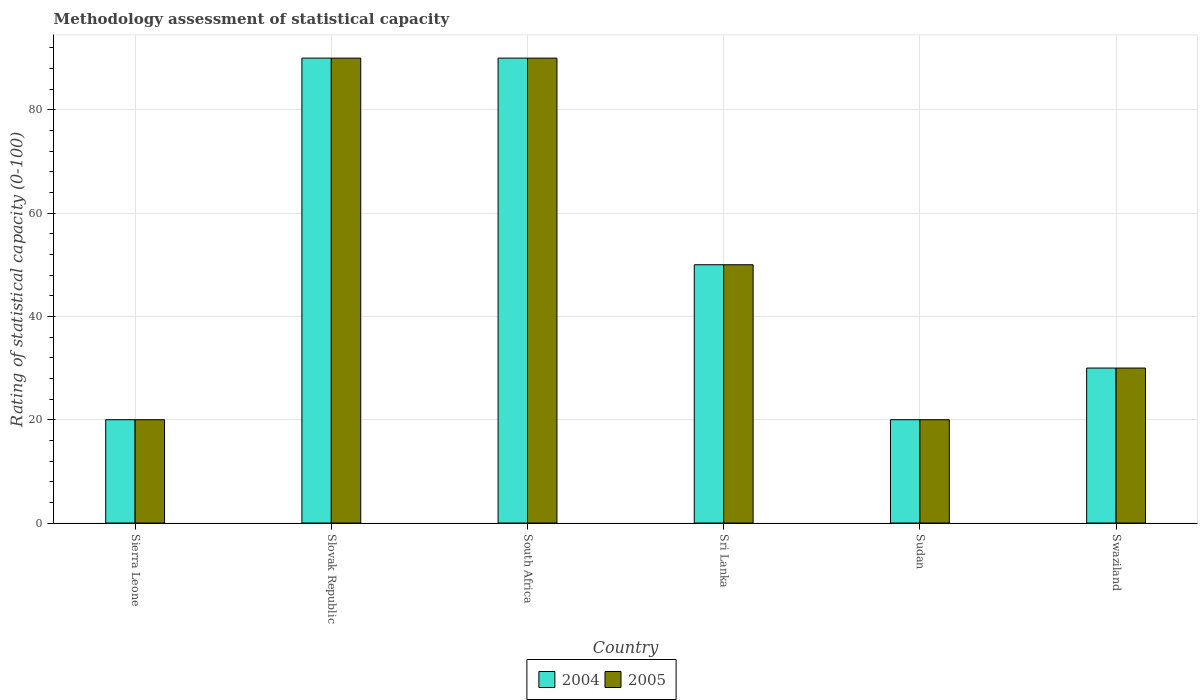
| Country | 2004 | 2005 |
 | --- | --- | --- |
 | Sierra Leone | 20 | 20 |
 | Slovak Republic | 90 | 90 |
 | South Africa | 90 | 90 |
 | Sri Lanka | 50 | 50 |
 | Sudan | 20 | 20 |
 | Swaziland | 30 | 30 |